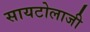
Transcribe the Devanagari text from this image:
सायटोलाजी